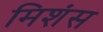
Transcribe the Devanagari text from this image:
मिशंस